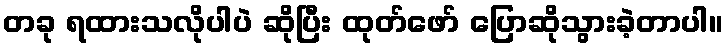
တခု ရထားသလိုပါပဲ ဆိုပြီး ထုတ်ဖော် ပြောဆိုသွားခဲ့တာပါ။